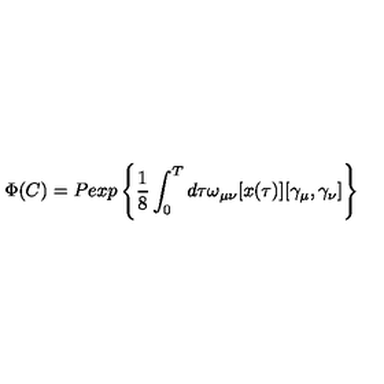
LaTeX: \Phi ( C ) = P e x p \left\{ \frac { 1 } { 8 } \int _ { 0 } ^ { T } d \tau \omega _ { \mu \nu } [ x ( \tau ) ] [ \gamma _ { \mu } , \gamma _ { \nu } ] \right\}